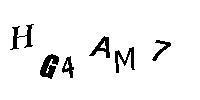
HG4AM7